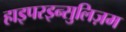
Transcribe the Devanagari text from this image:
हाइपरइन्सुलिज़म